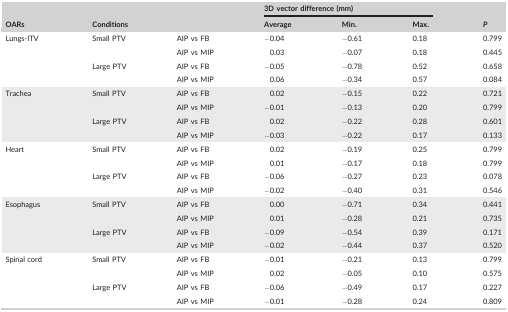
| <ROWSPAN=2> OARs | <ROWSPAN=2-COLSPAN=2> Conditions | <COLSPAN=3> 3D vector difference (mm) | <ROWSPAN=2> P |
 | Average | Min. | Max. |
 | --- | --- | --- | --- | --- | --- | --- |
 | <ROWSPAN=4> Lungs‐ITV | <ROWSPAN=2> Small PTV | AIP vs FB | −0.04 | −0.61 | 0.18 | 0.799 |
 | AIP vs MIP | 0.03 | −0.07 | 0.18 | 0.445 |
 | <ROWSPAN=2> Large PTV | AIP vs FB | −0.05 | −0.78 | 0.52 | 0.658 |
 | AIP vs MIP | 0.06 | −0.34 | 0.57 | 0.084 |
 | <ROWSPAN=4> Trachea | <ROWSPAN=2> Small PTV | AIP vs FB | 0.02 | −0.15 | 0.22 | 0.721 |
 | AIP vs MIP | −0.01 | −0.13 | 0.20 | 0.799 |
 | <ROWSPAN=2> Large PTV | AIP vs FB | 0.02 | −0.22 | 0.28 | 0.601 |
 | AIP vs MIP | −0.03 | −0.22 | 0.17 | 0.133 |
 | <ROWSPAN=4> Heart | <ROWSPAN=2> Small PTV | AIP vs FB | 0.02 | −0.19 | 0.25 | 0.799 |
 | AIP vs MIP | 0.01 | −0.17 | 0.18 | 0.799 |
 | <ROWSPAN=2> Large PTV | AIP vs FB | −0.06 | −0.27 | 0.23 | 0.078 |
 | AIP vs MIP | −0.02 | −0.40 | 0.31 | 0.546 |
 | <ROWSPAN=4> Esophagus | <ROWSPAN=2> Small PTV | AIP vs FB | 0.00 | −0.71 | 0.34 | 0.441 |
 | AIP vs MIP | 0.01 | −0.28 | 0.21 | 0.735 |
 | <ROWSPAN=2> Large PTV | AIP vs FB | −0.09 | −0.54 | 0.39 | 0.171 |
 | AIP vs MIP | −0.02 | −0.44 | 0.37 | 0.520 |
 | <ROWSPAN=4> Spinal cord | <ROWSPAN=2> Small PTV | AIP vs FB | −0.01 | −0.21 | 0.13 | 0.799 |
 | AIP vs MIP | 0.02 | −0.05 | 0.10 | 0.575 |
 | <ROWSPAN=2> Large PTV | AIP vs FB | −0.06 | −0.49 | 0.17 | 0.227 |
 | AIP vs MIP | −0.01 | −0.28 | 0.24 | 0.809 |